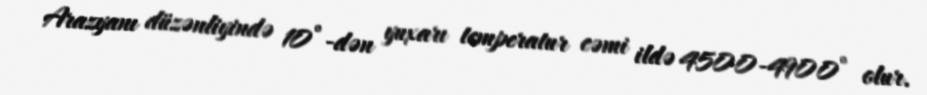
Arazyanı düzənliyində 10°-dən yuxarı temperatur cəmi ildə 4500-4900° olur.